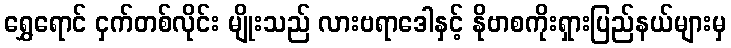
ရွှေရောင် ငှက်တစ်လိုင်း မျိုးသည် လားဗရာဒေါနှင့် နိုဗာစကိုးရှားပြည်နယ်များမှ